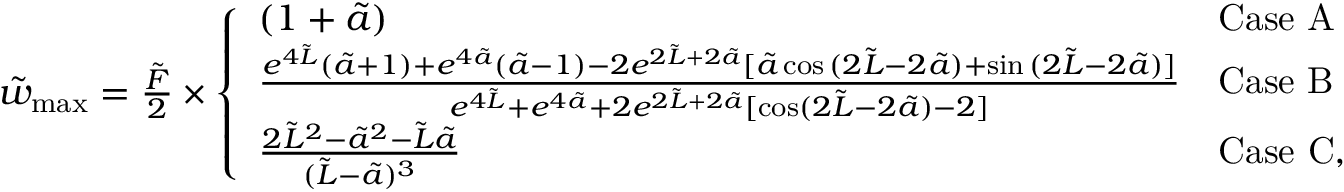
\begin{array} { r } { \tilde { w } _ { \mathrm { m a x } } = \frac { \tilde { F } } { 2 } \times \left\{ \begin{array} { l l } { ( 1 + \tilde { a } ) } & { \mathrm { C a s e ~ A } } \\ { \frac { e ^ { 4 \tilde { L } } ( \tilde { a } + 1 ) + e ^ { 4 \tilde { a } } ( \tilde { a } - 1 ) - 2 e ^ { 2 \tilde { L } + 2 \tilde { a } } [ \tilde { a } \cos { ( 2 \tilde { L } - 2 \tilde { a } ) } + \sin { ( 2 \tilde { L } - 2 \tilde { a } ) ] } } { e ^ { 4 \tilde { L } } + e ^ { 4 \tilde { a } } + 2 e ^ { 2 \tilde { L } + 2 \tilde { a } } [ \cos ( 2 \tilde { L } - 2 \tilde { a } ) - 2 ] } } & { \mathrm { C a s e ~ B } } \\ { \frac { 2 \tilde { L } ^ { 2 } - \tilde { a } ^ { 2 } - \tilde { L } \tilde { a } } { ( \tilde { L } - \tilde { a } ) ^ { 3 } } } & { \mathrm { C a s e ~ C } , } \end{array} \right. } \end{array}